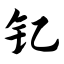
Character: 钇